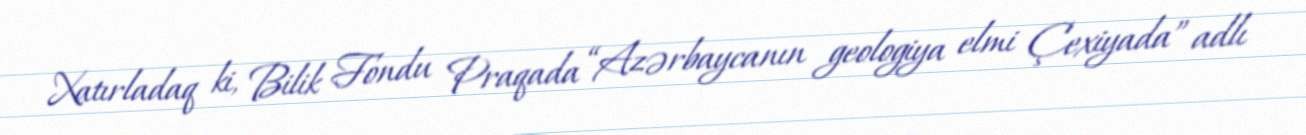
Xatırladaq ki, Bilik Fondu Praqada “Azərbaycanın geologiya elmi Çexiyada” adlı